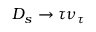
D _ { s } \to \tau \nu _ { \tau }